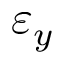
\varepsilon _ { y }